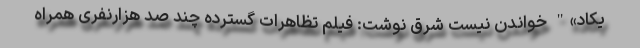
یکاد»" خواندن نیست شرق نوشت: فیلم تظاهرات گسترده چند صد هزارنفری همراه